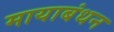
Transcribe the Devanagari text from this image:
मायाबंधन